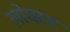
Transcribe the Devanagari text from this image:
लोधरन